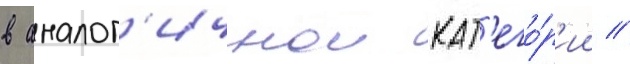
в аналог'ичнои кат'его́р'ии //